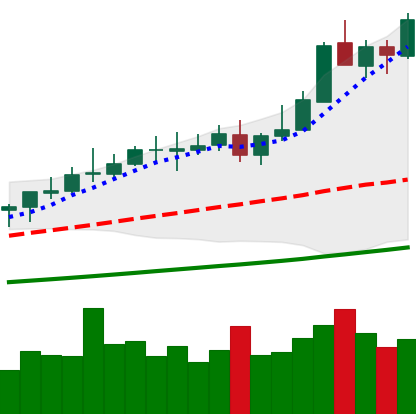
Ticker: XMR-USD
Chart end date: 2021-04-15
Forward return: 16.547%
Label: up_7plus